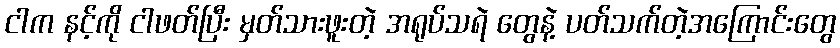
ငါက နင့်ကို ငါဖတ်ပြီး မှတ်သားဖူးတဲ့ အရုပ်သရဲ တွေနဲ့ ပတ်သက်တဲ့အကြောင်းတွေ